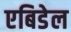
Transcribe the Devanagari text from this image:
एबिडेल